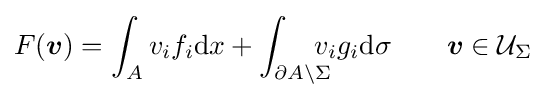
F({\boldsymbol {v}})=\int _{A}v_{i}f_{i}\mathrm {d} x+\int _{\partial A\setminus \Sigma }\!\!\!\!\!v_{i}g_{i}\mathrm {d} \sigma \qquad {\boldsymbol {v}}\in {\mathcal {U}}_{\Sigma }